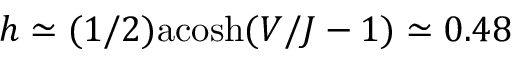
h \simeq ( 1 / 2 ) \mathrm { a c o s h } ( V / J - 1 ) \simeq 0 . 4 8